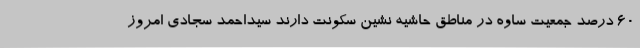
60 درصد جمعیت ساوه در مناطق حاشیه نشین سکونت دارند سیداحمد سجادی امروز